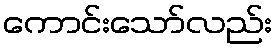
ကောင်းသော်လည်း